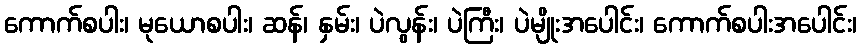
ကောက်စပါး၊ မုယောစပါး၊ ဆန်၊ နှမ်း၊ ပဲလွန်း၊ ပဲကြီး၊ ပဲမျိုးအပေါင်း၊ ကောက်စပါးအပေါင်း၊